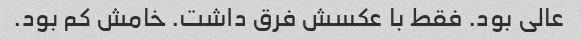
عالی بود. فقط با عکسش فرق داشت. خامش کم بود.